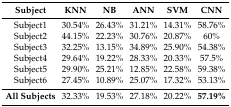
<table><thead><tr><td><b>Subject</b></td><td><b>KNN</b></td><td><b>NB</b></td><td><b>ANN</b></td><td><b>SVM</b></td><td><b>CNN</b></td></tr></thead><tbody><tr><td>Subject1</td><td>30.54%</td><td>26.43%</td><td>31.21%</td><td>14.31%</td><td>58.76%</td></tr><tr><td>Subject2</td><td>44.15%</td><td>22.23%</td><td>30.76%</td><td>20.87%</td><td>60%</td></tr><tr><td>Subject3</td><td>32.25%</td><td>13.15%</td><td>34.89%</td><td>25.90%</td><td>54.38%</td></tr><tr><td>Subject4</td><td>29.64%</td><td>19.22%</td><td>28.33%</td><td>20.33%</td><td>57.5%</td></tr><tr><td>Subject5</td><td>29.90%</td><td>25.21%</td><td>12.85%</td><td>22.58%</td><td>59.38%</td></tr><tr><td>Subject6</td><td>27.45%</td><td>10.89%</td><td>25.07%</td><td>17.32%</td><td>53.13%</td></tr><tr><td><b>All Subjects</b></td><td>32.33%</td><td>19.53%</td><td>27.18%</td><td>20.22%</td><td><b>57.19%</b></td></tr></tbody></table>